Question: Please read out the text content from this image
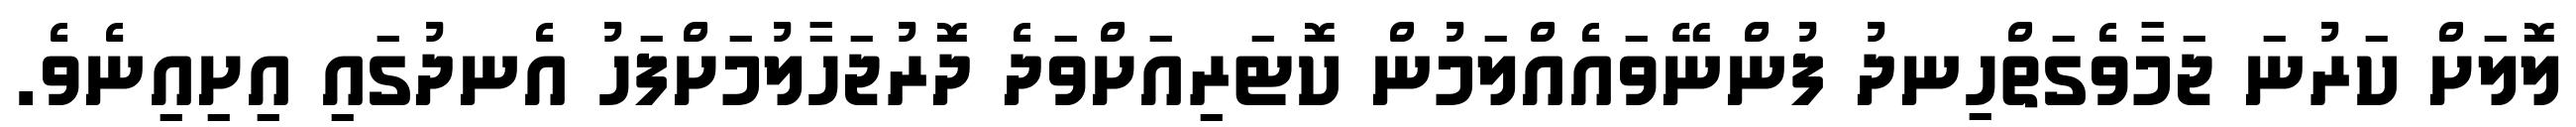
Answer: ލޮލަށް ކަރުނަ ޖަމާވެގަތްހިނދު ފުންނޭވައެއްލަމުން ކޮޓަރިއަށްވަދެ ދޮރުޖަހާލުމަށްފަހު އެނދުގައި އިށިއިނެވެ.